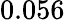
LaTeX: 0.056